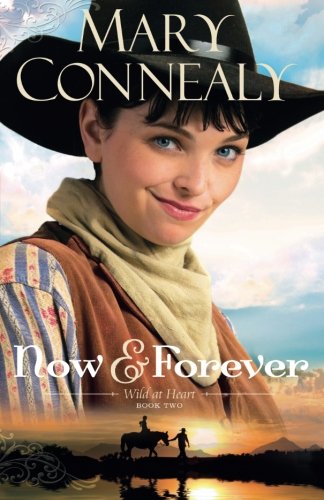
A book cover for Now and Forever (Wild at Heart); Mary Connealy; Romance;